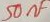
Text: 50nF